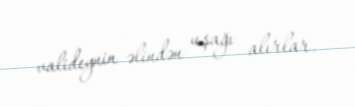
valideynin əlindən uşağı alırlar.